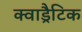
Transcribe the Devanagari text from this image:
क्वाड्रैटिक